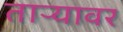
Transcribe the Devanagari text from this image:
ताऱ्यावर